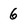
Character: 6